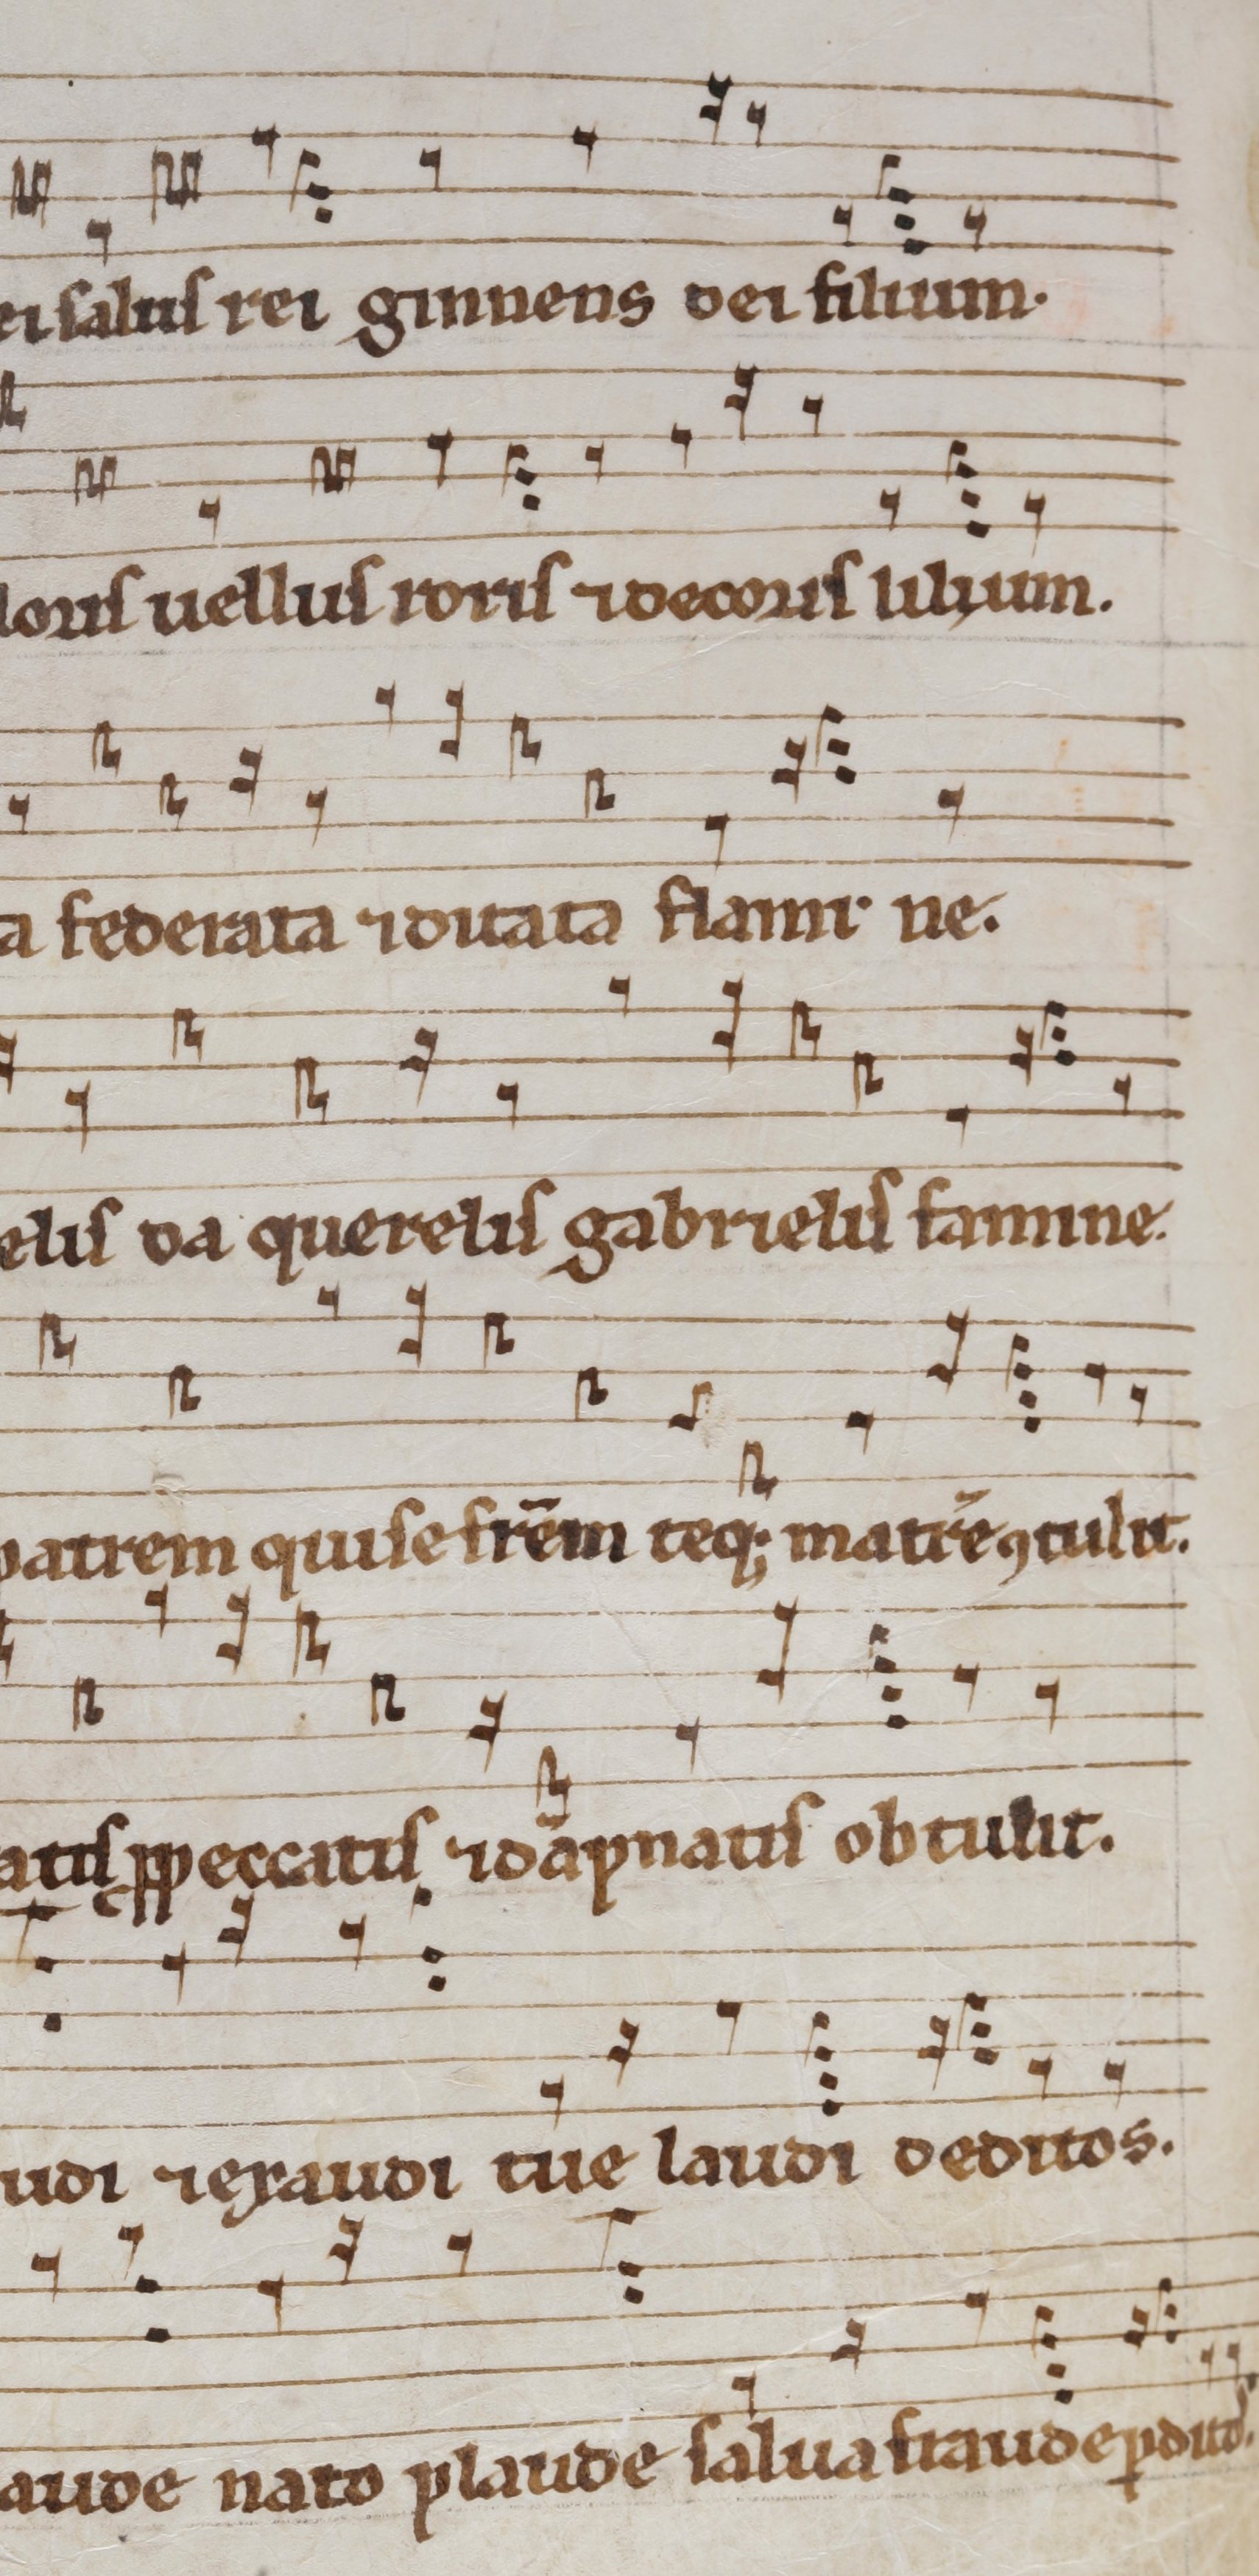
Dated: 1290–1309